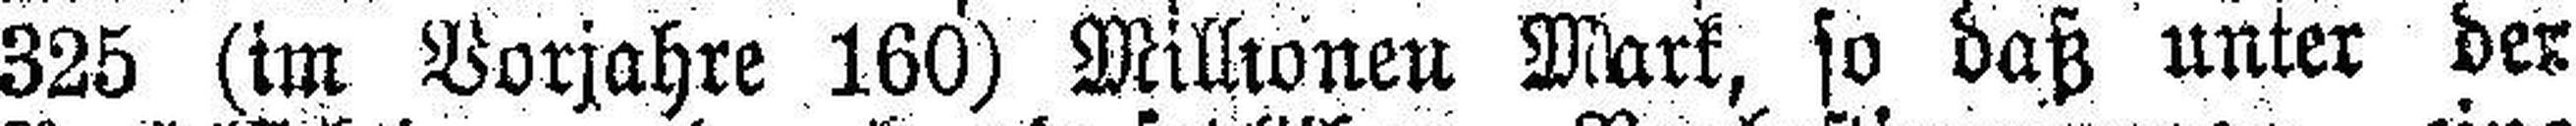
325 (im Vorjahre 160) Millionen Mark, so daß unter der